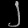
Digit: ၂